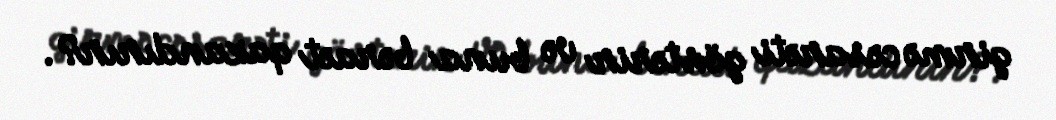
girmə cəsarəti göstərir və buna bəraət qazandırır?.